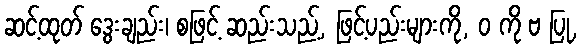
ဆင့်ထုတ် ဒွေးချည်း၊ စဖြင့် ဆည်းသည့်, ဖြင့်ပည်းများကို, ဝ ကို ဗ ပြု,